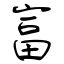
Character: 富